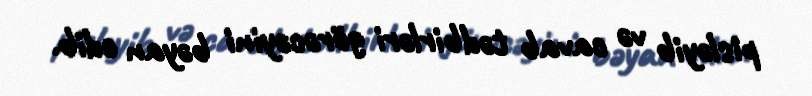
pisləyib və cavab tədbirləri görəcəyini bəyan edib.